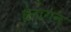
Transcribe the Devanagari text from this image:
हेनागन